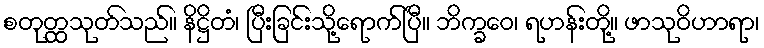
စတုတ္ထသုတ်သည်။ နိဋ္ဌိတံ၊ ပြီးခြင်းသို့ရောက်ပြီ။ ဘိက္ခဝေ၊ ရဟန်းတို့။ ဖာသုဝိဟာရာ၊